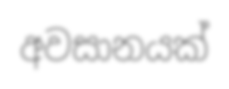
අවසානයක්